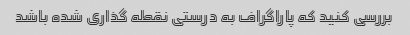
بررسی کنید که پاراگراف به درستی نقطه گذاری شده باشد